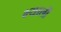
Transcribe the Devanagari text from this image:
भ्याली